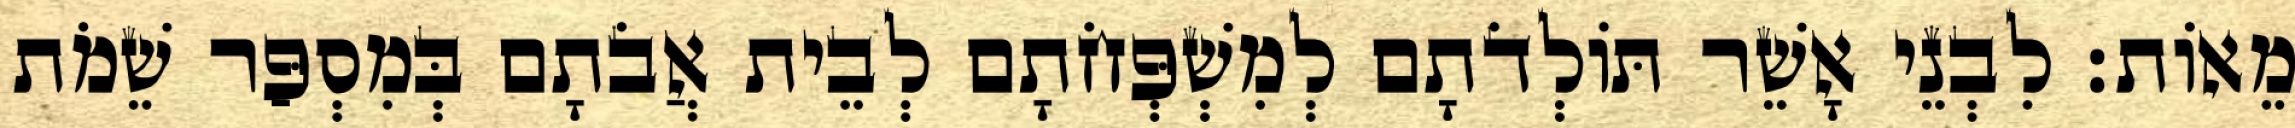
מֵאוֹת׃ לִבְנֵי אָשֵׁר תּוֹלְדֹתָם לְמִשְׁפְּחֹתָם לְבֵית אֲבֹתָם בְּמִסְפַּר שֵׁמֹת